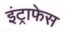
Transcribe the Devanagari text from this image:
इंट्राफेस